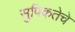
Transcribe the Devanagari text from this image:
सुपिकतेचे